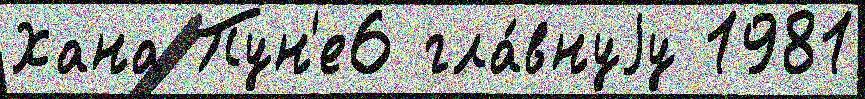
Хана Пун'е6 гла́внуjу 1981